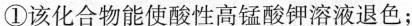
①该化合物能使酸性高锰酸钾溶液退色；